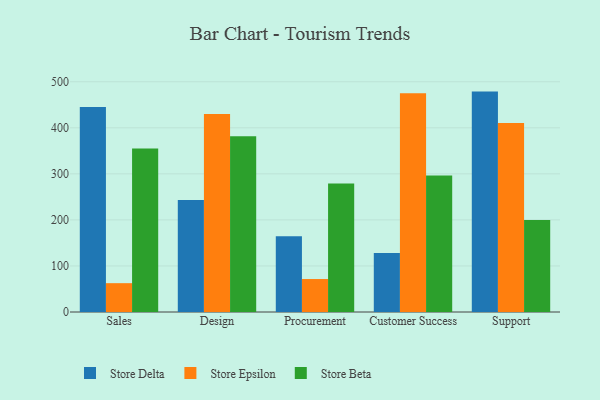
{"axis": {"x": "Department", "y": "Backlog"}, "legend": ["Store Beta", "Store Delta", "Store Epsilon"], "data": [{"x": "Sales", "y": 445.3, "type": "Store Delta"}, {"x": "Sales", "y": 62.6, "type": "Store Epsilon"}, {"x": "Sales", "y": 355.2, "type": "Store Beta"}, {"x": "Design", "y": 243.2, "type": "Store Delta"}, {"x": "Design", "y": 429.7, "type": "Store Epsilon"}, {"x": "Design", "y": 381.8, "type": "Store Beta"}, {"x": "Procurement", "y": 164.7, "type": "Store Delta"}, {"x": "Procurement", "y": 71.6, "type": "Store Epsilon"}, {"x": "Procurement", "y": 279.3, "type": "Store Beta"}, {"x": "Customer Success", "y": 127.9, "type": "Store Delta"}, {"x": "Customer Success", "y": 475.1, "type": "Store Epsilon"}, {"x": "Customer Success", "y": 296.2, "type": "Store Beta"}, {"x": "Support", "y": 478.6, "type": "Store Delta"}, {"x": "Support", "y": 410.4, "type": "Store Epsilon"}, {"x": "Support", "y": 199.7, "type": "Store Beta"}]}